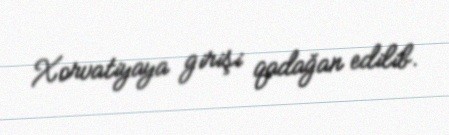
Xorvatiyaya girişi qadağan edilib.